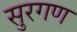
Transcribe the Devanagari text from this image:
सुरगण